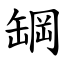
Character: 罁